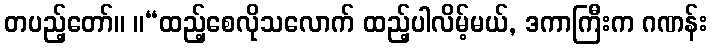
တပည့်တော်။ ။“ထည့်စေလိုသလောက် ထည့်ပါလိမ့်မယ်, ဒကာကြီးက ဂဏန်း